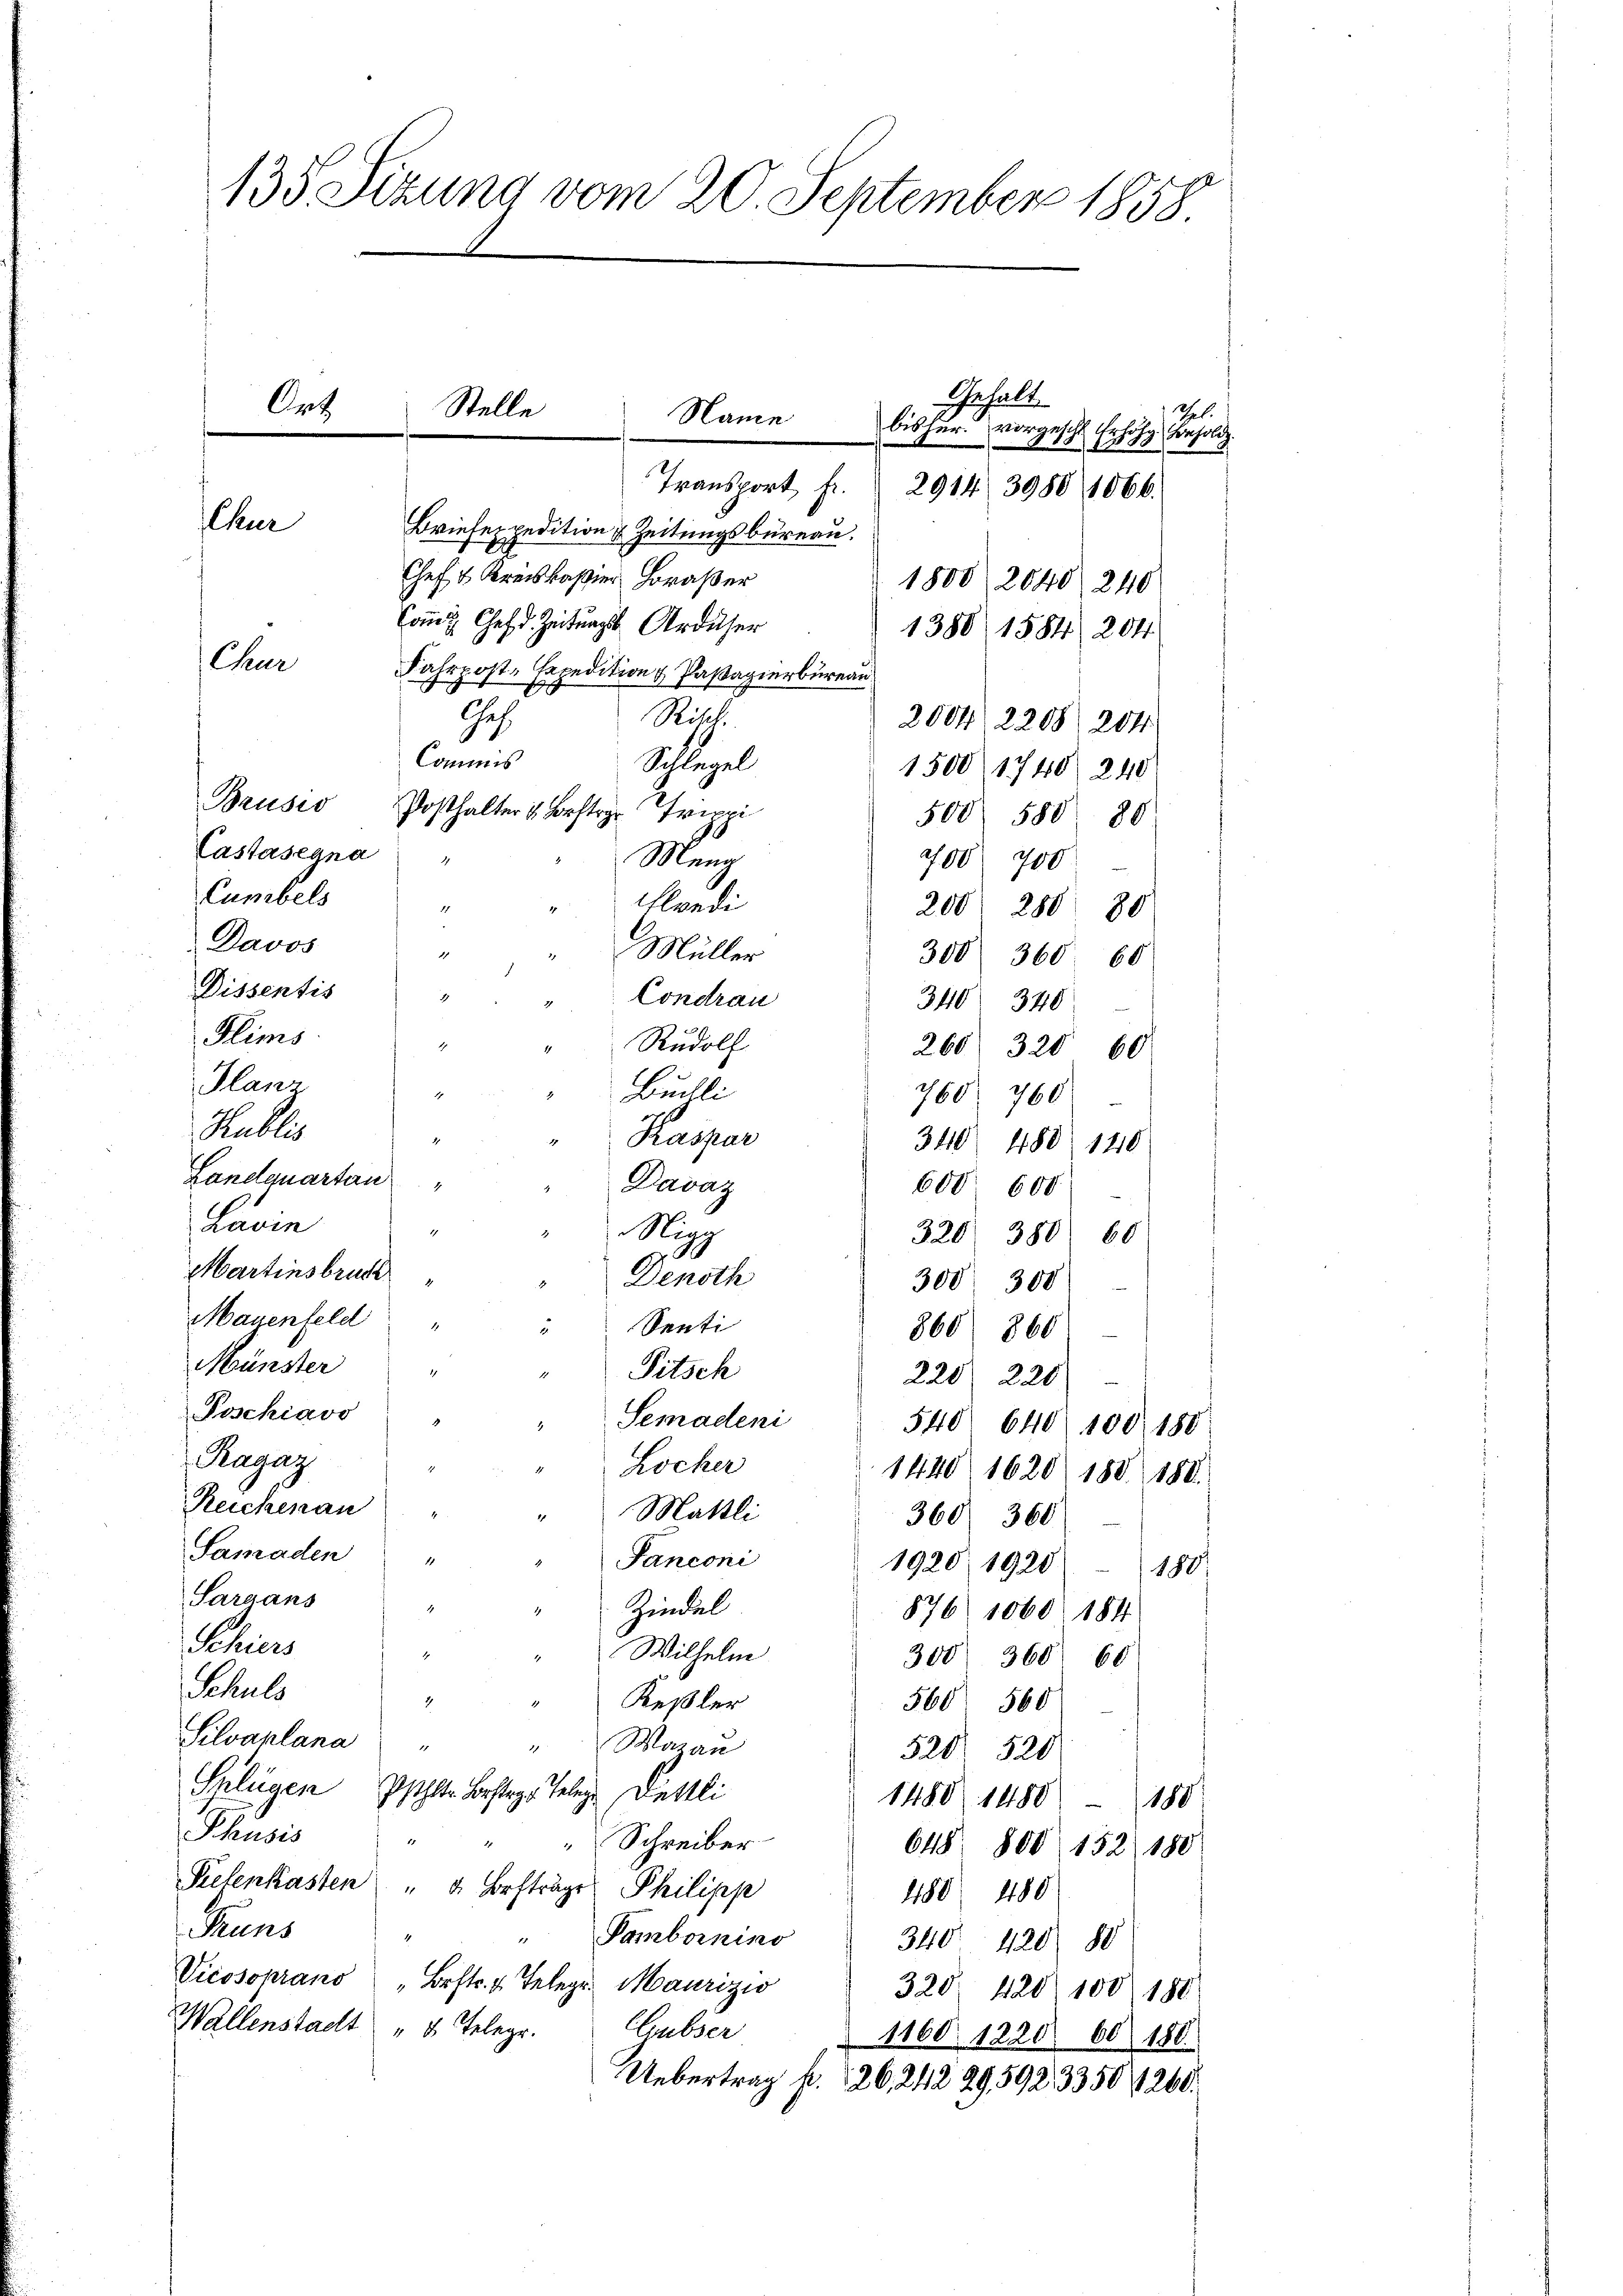
135 Sizung vom 20. September 1858

Transport Fr.
Briefexpedition u Zeitungsbureau.
Chef & Kreiskaßier Horaßer
1800 2040 240
Coms Chef d. Zeitungs Ardiser
1380 1584. 204.
Chur
Fahrpost-Expedition & Paßagierbureau
Geh.
Rihl.
2004, 2208. 204.
Commis
Schlügel
1500 (1748 240
Beuser Posthalter Bestr. Tripp
500 580. 80
Castasegna
Mena
200. 700
Cumbels
Alondi
200 280 80
Davos
" Müller
300 360 60
Dissentis
3
Condrau
340 340
Flims
Rudolf
260. 320 60
Glanz
Buchli
760 760
Publis
Kaspar
4
340 1480 1210
Landquartan
Davaz
600. 600
Lavin
Nigg
320 380. 60
Martinsbruc
Denoth
300 300
Mazenfeld
"Senti
860 860
Münster
Pitsch
228 220
Poschiavo
Semadeni
540 640. 100. 180
Ragaz
Locker
1440 1620 188 188
Reichenau "
Mattli
27
368 360
Samaden "
Panconi
1
1920, 1920
180/
Saraans
Zindel
876. 1060. 184
Ahren
"Wilhelm
300 360. 60
Schuls
2
.
Keßler
560 560
Silvaplana
Warau
.
520 520
Splügen schler Bestags Telege Dettli
1480. 1480 - 180
Phusis
Schreiber
648 800 152. 180
Pielenkasten " " Brftrage Philipp
480 480
Pruns
" Pambornino
340. 420) 88
Vicosoprano „Bestr. v. Telegr. Maurizio
320, 420 100 180
Wallenstacht " 5 Telegr.
Gulser
1160 122066 180.
Uebertrag f. 126, 24299,5923350 1260.

A.

Chur

Stelle
Name

Gehalt
Thel.
bisher vorgesch
 Erhöhe Consoli
2914 3980, 1066.